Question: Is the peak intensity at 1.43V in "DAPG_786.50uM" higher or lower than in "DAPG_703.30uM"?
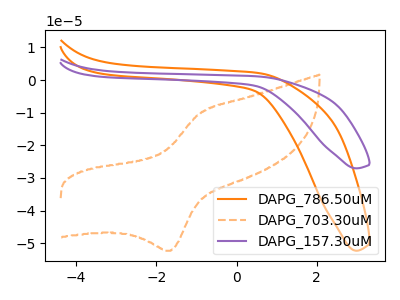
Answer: <think>The orange curve "DAPG_786.50uM" has no peaks. The orange dashed curve "DAPG_703.30uM" has an anodic peak at (-0.95V, -10.35uA) and a cathodic peak at (-1.65V, -52.30uA). The purple curve "DAPG_157.30uM" has no peaks.</think>
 <answer>"DAPG_786.50uM" and "DAPG_703.30uM" dont share a peak at 1.43V.</answer>
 <eval>mismatch</eval>